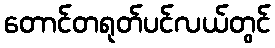
တောင်တရုတ်ပင်လယ်တွင်